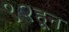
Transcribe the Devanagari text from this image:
९२हून